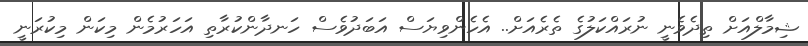
ޝިމާލްއަށް ތިދެވެނީ ނުރައްކަލުގެ ތެރެއަށް.. އެހެންވިޔަސް އަބަދުވެސް ހަނދާންކުރާތި އަހަރުމެން މިކަން މިކުރަނީ